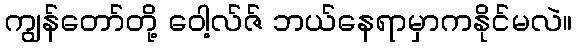
ကျွန်တော်တို့ ဝေါ့လ်ဇ် ဘယ်နေရာမှာကနိုင်မလဲ။